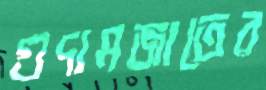
গুদামজাতের